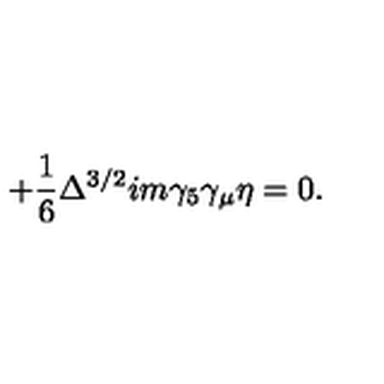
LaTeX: + \frac { 1 } { 6 } \Delta ^ { 3 / 2 } i m \gamma _ { 5 } \gamma _ { \mu } \eta = 0 .